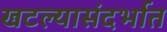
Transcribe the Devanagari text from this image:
खटल्यासंदर्भात